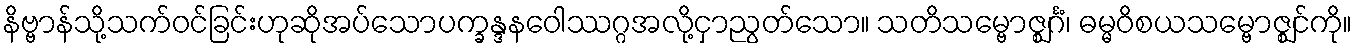
နိဗ္ဗာန်သို့သက်ဝင်ခြင်းဟုဆိုအပ်သောပက္ခန္ဒနဝေါဿဂ္ဂအလို့ငှာညွတ်သော။ သတိသမ္ဗောဇ္ဈင်္ဂံ၊ ဓမ္မဝိစယသမ္ဗောဇ္ဈင်ကို။